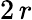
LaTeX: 2\, r